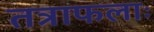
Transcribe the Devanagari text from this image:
तत्राफलाः